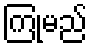
ကြုံမည်